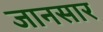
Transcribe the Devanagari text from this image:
जानसार